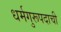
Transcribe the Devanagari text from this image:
धर्मगुरूपदाची